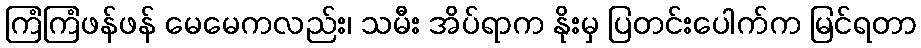
ကြံကြံဖန်ဖန် မေမေကလည်း၊ သမီး အိပ်ရာက နိုးမှ ပြတင်းပေါက်က မြင်ရတာ